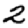
Digit: 2